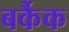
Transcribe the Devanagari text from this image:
बर्कैक